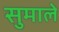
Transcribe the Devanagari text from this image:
सुमाले